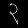
Digit: ၃